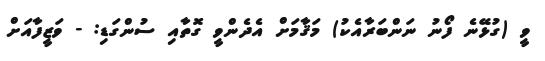
ވީ (ގުޅޭނެ ފޯނު ނަންބަރާއެކު) މަޤާމަށް އެދެންވީ ގޮތާއި ސުންގަޑި: - ވަޒީފާއަށް